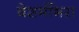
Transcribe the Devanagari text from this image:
बेशर्मीभरा